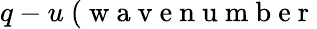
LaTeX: q-u~(\mathrm{~w~a~v~e~n~u~m~b~e~r~}